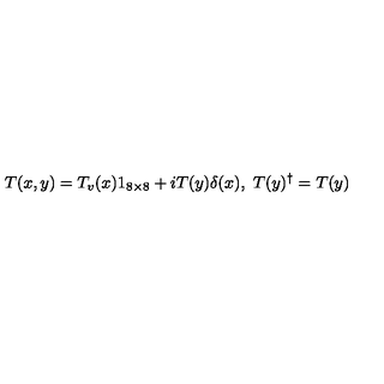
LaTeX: T ( x , y ) = T _ { v } ( x ) 1 _ { 8 \times 8 } + i T ( y ) \delta ( x ) , \ T ( y ) ^ { \dag } = T ( y )